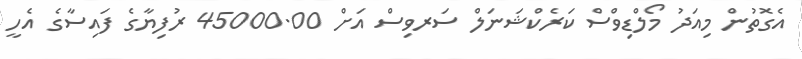
އެގޮތުން މިއަދު މޯލްޑިވްސް ކަރެކްޝަނަލް ސަރވިސް އަށް 45000.00 ރުފިޔާގެ ފައިސާގެ އެހީ